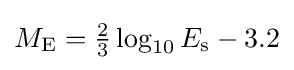
M_{\mathrm {E} }=\textstyle {\frac {2}{3}}\log _{10}E_{\mathrm {s} }-3.2